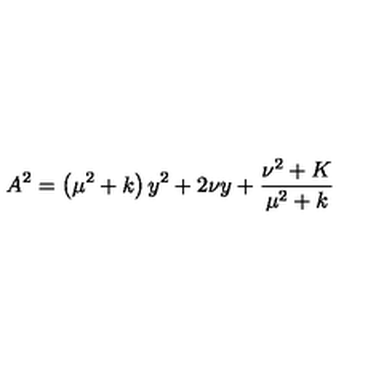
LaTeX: A ^ { 2 } = \left( \mu ^ { 2 } + k \right) y ^ { 2 } + 2 \nu y + \frac { \nu ^ { 2 } + K } { \mu ^ { 2 } + k }